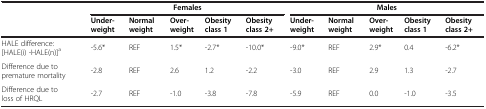
<table><thead><tr><td><b> </b></td><td colspan="5"><b>Females</b></td><td colspan="5"><b>Males</b></td></tr><tr><td><b> </b></td><td><b>Under-weight</b></td><td><b>Normal weight</b></td><td><b>Over-weight</b></td><td><b>Obesity class 1</b></td><td><b>Obesity class 2+</b></td><td><b>Under-weight</b></td><td><b>Normal weight</b></td><td><b>Over-weight</b></td><td><b>Obesity class 1</b></td><td><b>Obesity class 2+</b></td></tr></thead><tbody><tr><td>HALE difference: [HALE(i) -HALE(n)]<sup>a</sup></td><td>-5.6*</td><td>REF</td><td>1.5*</td><td>-2.7*</td><td>-10.0*</td><td>-9.0*</td><td>REF</td><td>2.9*</td><td>0.4</td><td>-6.2*</td></tr><tr><td>Difference due to premature mortality</td><td>-2.8</td><td>REF</td><td>2.6</td><td>1.2</td><td>-2.2</td><td>-3.0</td><td>REF</td><td>2.9</td><td>1.3</td><td>-2.7</td></tr><tr><td>Difference due to loss of HRQL</td><td>-2.7</td><td>REF</td><td>-1.0</td><td>-3.8</td><td>-7.8</td><td>-5.9</td><td>REF</td><td>0.0</td><td>-1.0</td><td>-3.5</td></tr></tbody></table>